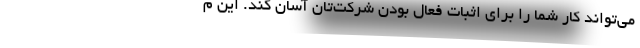
می‌تواند کار شما را برای اثبات فعال بودن شرکت‌تان آسان کند. این م